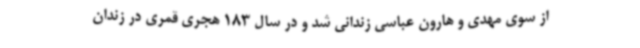
از سوی مهدی و هارون عباسی زندانی شد و در سال 183 هجری قمری در زندان